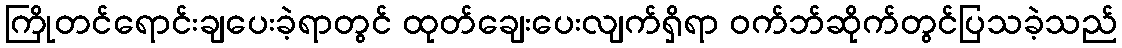
ကြိုတင်ရောင်းချပေးခဲ့ရာတွင် ထုတ်ချေးပေးလျက်ရှိရာ ဝက်ဘ်ဆိုက်တွင်ပြသခဲ့သည်